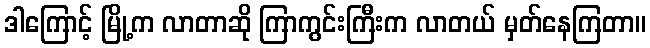
ဒါကြောင့် မြို့က လာတာဆို ကြာကွင်းကြီးက လာတယ် မှတ်နေကြတာ။